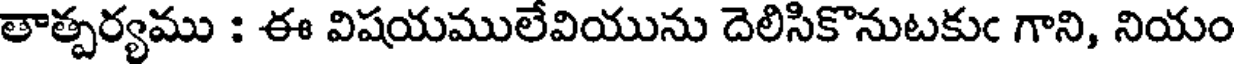
తాత్పర్యము : ఈ విషయములేవియును దెలిసికొనుటకుఁ గాని, నియం